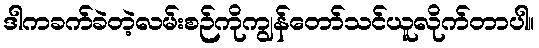
ဒါကခက်ခဲတဲ့လမ်းစဉ်ကိုကျွန်တော်သင်ယူလိုက်တာပါ။